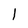
Character: 1